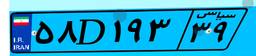
۳۷D۵۰۹۵۶